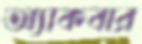
অ্যাকবার